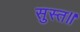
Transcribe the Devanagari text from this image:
सुस्त॥